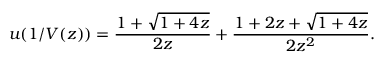
u ( 1 / V ( z ) ) = { \frac { 1 + { \sqrt { 1 + 4 z } } } { 2 z } } + { \frac { 1 + 2 z + { \sqrt { 1 + 4 z } } } { 2 z ^ { 2 } } } .